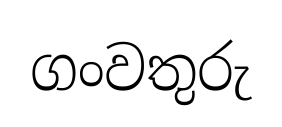
ගංවතුරු